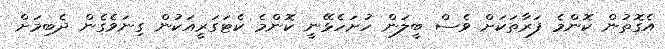
އެގޮތުން ކޮންމެ ފަރާތަކަށް ވެސް ބީލަން ހުށަހެޅޭނީ ކޮންމެ ކެޓަގަރީއަކުން ގިނަވެގެން ދެބިމަށް